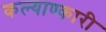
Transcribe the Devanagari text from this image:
कल्याण्कारी